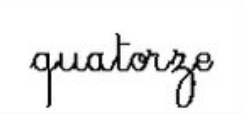
quatorze